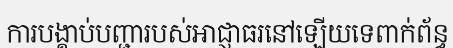
ការបង្គាប់បញ្ជារបស់អាជ្ញាធរនៅឡើយទេពាក់ព័ន្ធ